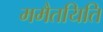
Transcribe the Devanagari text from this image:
ममैतयिति